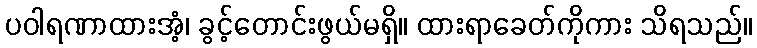
ပဝါရဏာထားအံ့၊ ခွင့်တောင်းဖွယ်မရှိ။ ထားရာခေတ်ကိုကား သိရသည်။